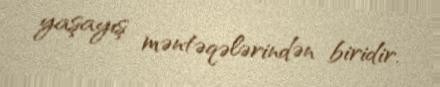
yaşayış məntəqələrindən biridir.